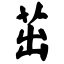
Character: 茁